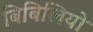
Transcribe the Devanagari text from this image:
बिबिलियो